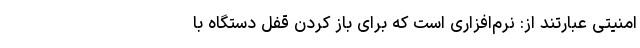
امنیتی عبارتند از: نرم‌افزاری است که برای باز کردن قفل دستگاه با